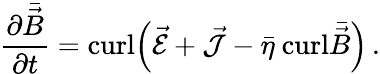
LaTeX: \frac{\partial\bar{\vec{B}}}{\partial t}={\textrm{curl}}\Big(\vec{\cal E}+\vec{\cal J}-{\bar{\eta}}\ {\textrm{curl}}\bar{\vec{B}}\Big)\, .